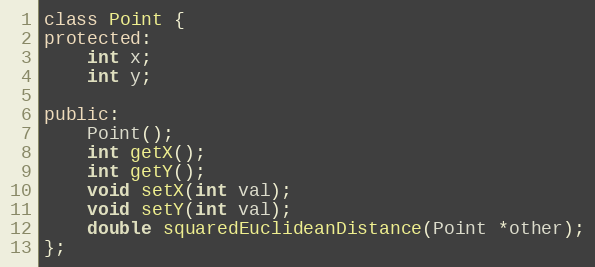
Language: C++
class Point {
protected:
    int x;
    int y;

public:
    Point();
    int getX();
    int getY();
    void setX(int val);
    void setY(int val);
    double squaredEuclideanDistance(Point *other);
};